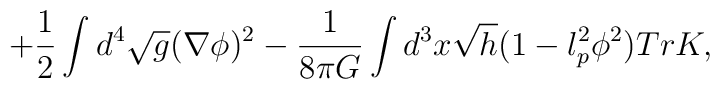
+\frac{1}{2}\int d^4 \sqrt{g}(\nabla\phi)^2-\frac{1}{8\pi G}\int d^3 x\sqrt{h}(1-l_p^2\phi^2)TrK ,